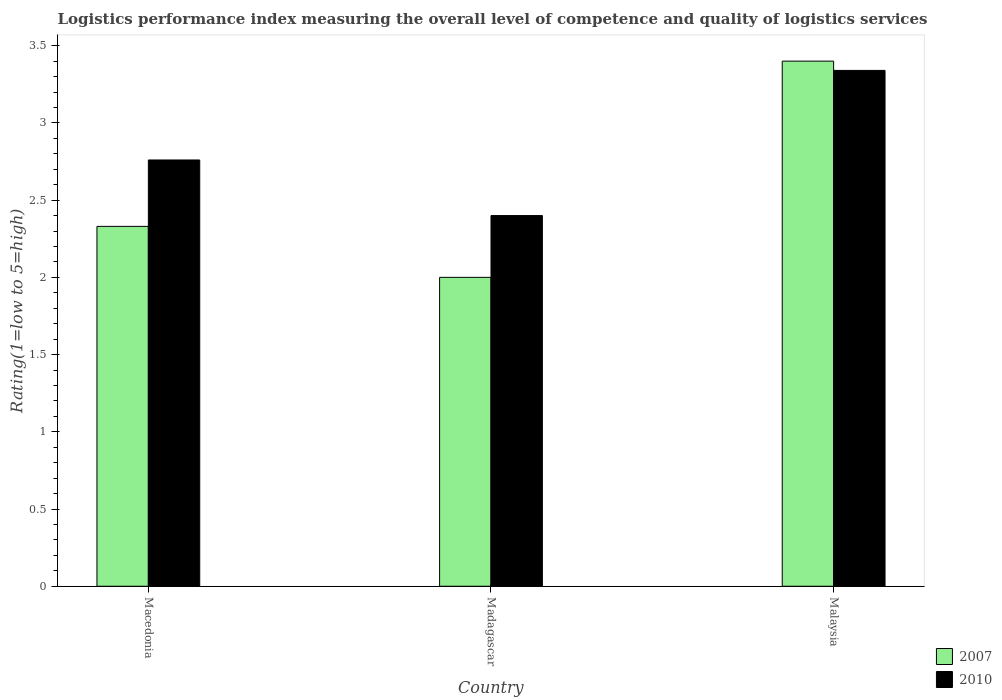
| Country | 2007 | 2010 |
 | --- | --- | --- |
 | Macedonia | 2.33 | 2.76 |
 | Madagascar | 2 | 2.4 |
 | Malaysia | 3.4 | 3.34 |